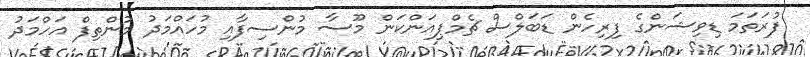
ފުރަތަމަ ޑިވިޝަންގެ ފިރިހެން ޑަބަލްސް ޗެމްޕިއަންކަން މޫސާ މުންސިފާއި މުހައްމަދު މުންތިފް އަހްމަދު